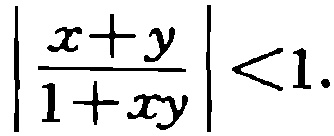
$\left|\frac{x + y}{1 + xy}\right| < 1.$